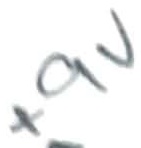
Text: +9V